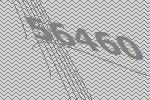
56460